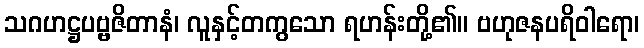
သဂဟဋ္ဌပဗ္ဗဇိတာနံ၊ လူနှင့်တကွသော ရဟန်းတို့၏။ ဗဟုဇနပရိဝါရော၊